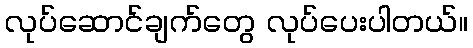
လုပ်ဆောင်ချက်တွေ လုပ်ပေးပါတယ်။